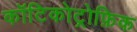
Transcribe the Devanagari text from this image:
कॉटिकोट्रोफ़िक